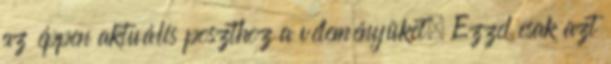
az éppen aktuális poszthoz a véleményüket. Ezzel csak azt